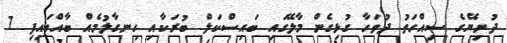
ދުނިޔޭގެ ސިއްހަތު ދުވަހާ ގުޅިގެން މާލޭގައި ބައިސްކަލް ބުރަކާއި ހިނގާލުމެއް ބާއްވައިފި 7